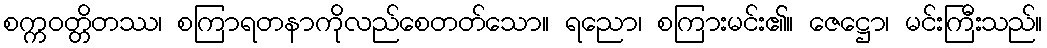
စက္ကဝတ္တိတဿ၊ စကြာရတနာကိုလည်စေတတ်သော။ ရညော၊ စကြားမင်း၏။ ဇေဋ္ဌော၊ မင်းကြီးသည်။